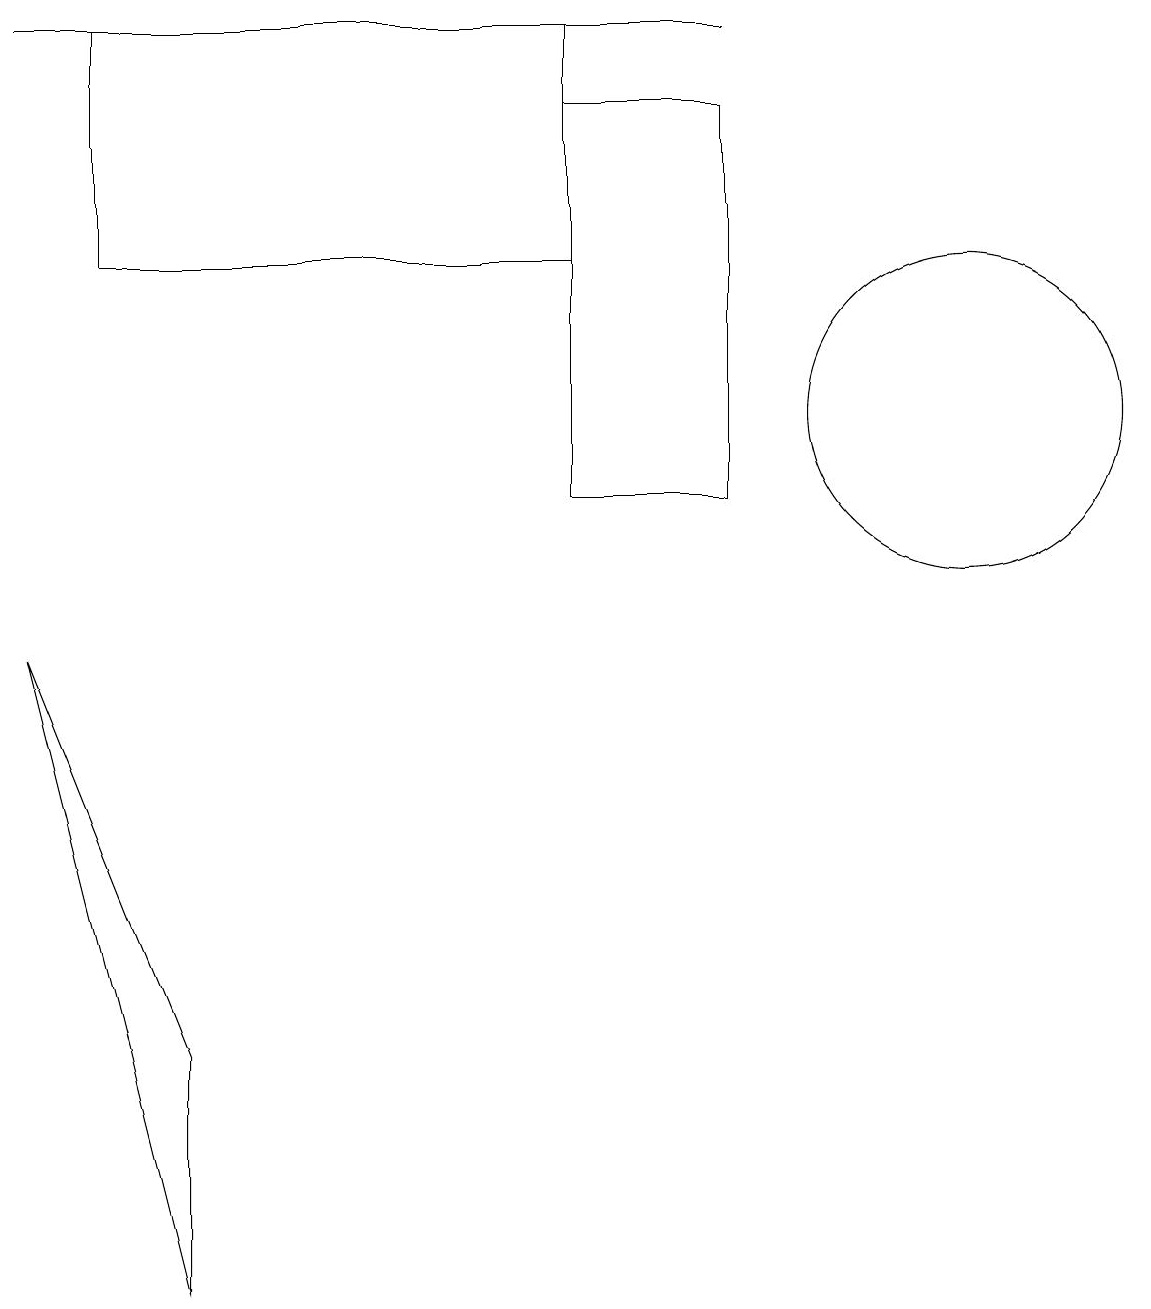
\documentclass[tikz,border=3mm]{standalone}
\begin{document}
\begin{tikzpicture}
\draw (9,17) rectangle (0,17);
\draw (12,12) circle (2);
\draw (7,14) rectangle (1,17);
\draw (9,16) rectangle (7,11);
\draw (2,4) -- (2,1) -- (0,9) -- cycle;
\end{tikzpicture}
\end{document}